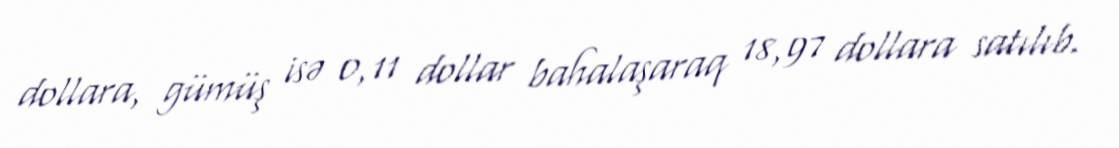
dollara, gümüş isə 0,11 dollar bahalaşaraq 18,97 dollara satılıb.